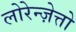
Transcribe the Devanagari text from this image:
लोरेन्ज़ेत्तो